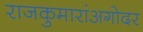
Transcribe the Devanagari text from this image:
राजकुमारांअगोदर